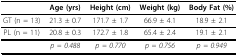
<table><thead><tr><td></td><td><b>Age (yrs)</b></td><td><b>Height (cm)</b></td><td><b>Weight (kg)</b></td><td><b>Body Fat (%)</b></td></tr></thead><tbody><tr><td>GT (n = 13)</td><td>21.3 ± 0.7</td><td>171.7 ± 1.7</td><td>66.9 ± 4.1</td><td>18.9 ± 2.1</td></tr><tr><td>PL (n = 11)</td><td>20.8 ± 0.3</td><td>172.7 ± 1.8</td><td>65.4 ± 2.4</td><td>19.1 ± 2.1</td></tr><tr><td></td><td><i>p = 0.488</i></td><td><i>p = 0.770</i></td><td><i>p = 0.756</i></td><td><i>p = 0.949</i></td></tr></tbody></table>